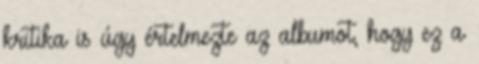
kritika is úgy értelmezte az albumot, hogy ez a